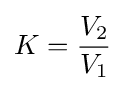
K={\frac {V_{2}}{V_{1}}}